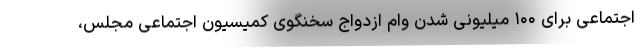
اجتماعی برای ۱۰۰ میلیونی شدن وام ازدواج سخنگوی کمیسیون اجتماعی مجلس،